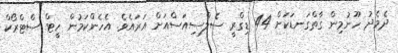
ދެމެދު ހޫނުމިން ގާތްގަނޑަކަށް 44 ޑިގްރީ ސެލްސިއަސްއަށް އަރައެވެ. އެހެންކަމުން ހީޓް ސްޓްރޯކް